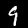
Digit: 9